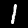
Label: 1